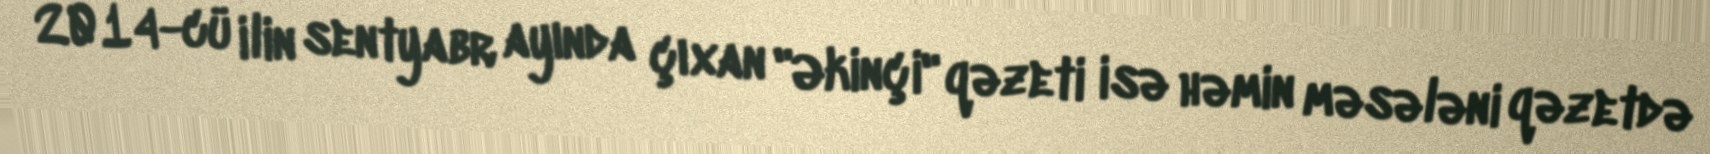
2014-cü ilin sentyabr ayında çıxan "Əkinçi" qəzeti isə həmin məsələni qəzetdə